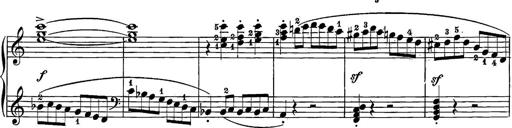
Title: 12 Sonatine per Pianoforte
Composer: Friedrich Kuhlau